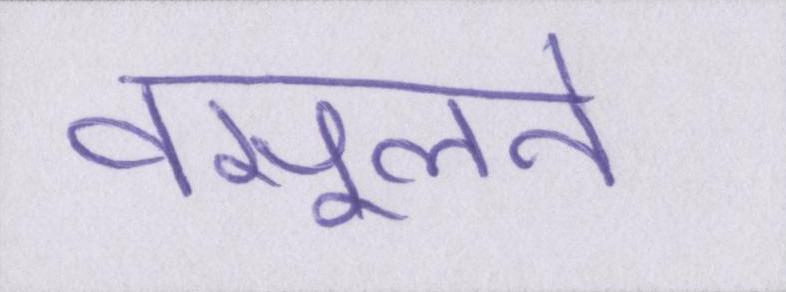
वसूलने